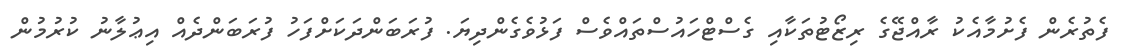
ފެތުރެން ފެށުމާއެކު ރާއްޖޭގެ ރިޒޯޓުތަކާއި ގެސްޓްހައުސްތައްވެސް ފަޅުވެގެންދިޔަ. ފުރަބަންދަކަށްފަހު ފުރަބަންދެއް އިޢުލާނު ކުރުމުން